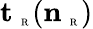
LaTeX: {\mathbf t}_{\mathrm{~\tiny~R~}}({\mathbf n}_{\mathrm{~\tiny~R~}})